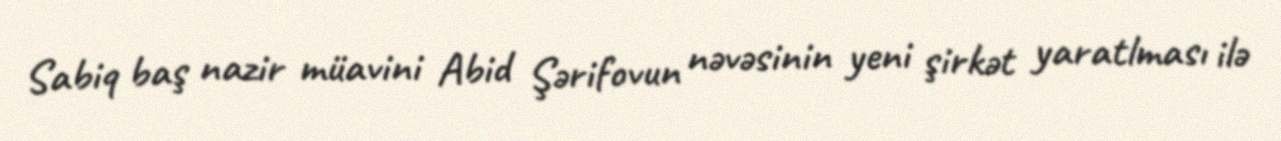
Sabiq baş nazir müavini Abid Şərifovun nəvəsinin yeni şirkət yaratlması ilə